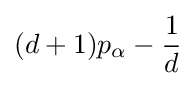
(d+1)p_{\alpha }-{\frac {1}{d}}